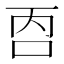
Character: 𱒑